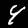
Digit: 4